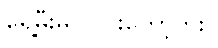
ရှေ့မီးမ လင်းတော့ဘူး။